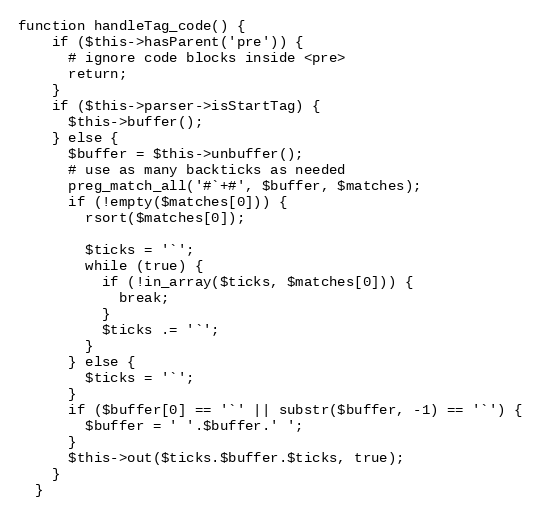
Language: PHP
function handleTag_code() {
    if ($this->hasParent('pre')) {
      # ignore code blocks inside <pre>
      return;
    }
    if ($this->parser->isStartTag) {
      $this->buffer();
    } else {
      $buffer = $this->unbuffer();
      # use as many backticks as needed
      preg_match_all('#`+#', $buffer, $matches);
      if (!empty($matches[0])) {
        rsort($matches[0]);

        $ticks = '`';
        while (true) {
          if (!in_array($ticks, $matches[0])) {
            break;
          }
          $ticks .= '`';
        }
      } else {
        $ticks = '`';
      }
      if ($buffer[0] == '`' || substr($buffer, -1) == '`') {
        $buffer = ' '.$buffer.' ';
      }
      $this->out($ticks.$buffer.$ticks, true);
    }
  }